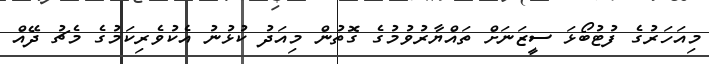
މިއަހަރުގެ ފުޓުބޯޅަ ސީޒަނަށް ތައްޔާރުވުމުގެ ގޮތުން މިއަދު ކުޅުނު އެކުވެރިކަމުގެ މެޗު ދޭއް